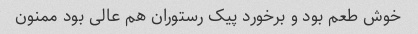
خوش طعم بود و برخورد پیک رستوران هم عالى بود ممنون